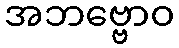
အဘဗ္ဗောဝ